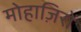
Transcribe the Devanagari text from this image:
मोहाज़िरों